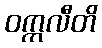
ဝက္ကလီတိ